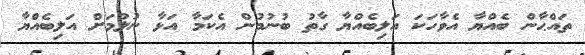
ތައްޙާން ބެއްޔާ އެވާހަކަ އަލިބެއްޔާ ގާތު ބުނުމުން އެކަމާ އަޅާ ނުލުމަށް އަލިބެއްޔާ